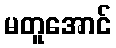
မတူအောင်